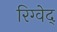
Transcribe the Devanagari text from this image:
रिग्वेद्